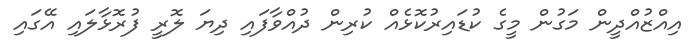
އިއްޒުއްދީން މަގުން މީގެ ކުޑައިރުކޮޅެއް ކުރިން ދުއްވާފައި ދިޔަ ލޮރީ ފުރޮޅާލައި އޭގައި